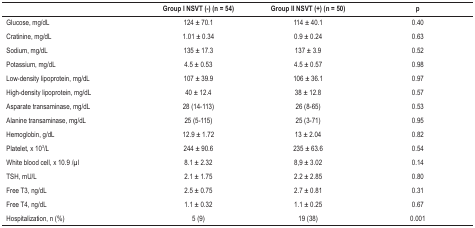
<table><thead><tr><td><b> </b></td><td><b>Group I NSVT (-) (n = 54)</b></td><td><b>Group II NSVT (+) (n = 50)</b></td><td><b>p</b></td></tr></thead><tbody><tr><td>Glucose, mg/dL</td><td>124 ± 70.1</td><td>114 ± 40.1</td><td>0.40</td></tr><tr><td>Cratinine, mg/dL</td><td>1.01 ± 0.34</td><td>0.9 ± 0.24</td><td>0.63</td></tr><tr><td>Sodium, mg/dL</td><td>135 ± 17.3</td><td>137 ± 3.9</td><td>0.52</td></tr><tr><td>Potassium, mg/dL</td><td>4.5 ± 0.53</td><td>4.5 ± 0.57</td><td>0.98</td></tr><tr><td>Low-density lipoprotein, mg/dL</td><td>107 ± 39.9</td><td>106 ± 36.1</td><td>0.97</td></tr><tr><td>High-density lipoprotein, mg/dL</td><td>40 ± 12.4</td><td>38 ± 12.8</td><td>0.57</td></tr><tr><td>Asparate transaminase, mg/dL</td><td>28 (14-113)</td><td>26 (8-65)</td><td>0.53</td></tr><tr><td>Alanine transaminase, mg/dL</td><td>25 (5-115)</td><td>25 (3-71)</td><td>0.95</td></tr><tr><td>Hemoglobin, g/dL</td><td>12.9 ± 1.72</td><td>13 ± 2.04</td><td>0.82</td></tr><tr><td>Platelet, x 10<sup>3</sup>/L</td><td>244 ± 90.6</td><td>235 ± 63.6</td><td>0.54</td></tr><tr><td>White blood cell, x 10.9 /μl</td><td>8.1 ± 2.32</td><td>8,9 ± 3.02</td><td>0.14</td></tr><tr><td>TSH, mU/L</td><td>2.1 ± 1.75</td><td>2.2 ± 2.85</td><td>0.80</td></tr><tr><td>Free T3,ng/dL</td><td>2.5 ± 0.75</td><td>2.7 ± 0.81</td><td>0.31</td></tr><tr><td>Free T4,ng/dL</td><td>1.1 ± 0.32</td><td>1.1 ± 0.25</td><td>0.67</td></tr><tr><td>Hospitalization, n (%)</td><td>5 (9)</td><td>19 (38)</td><td>0.001</td></tr></tbody></table>